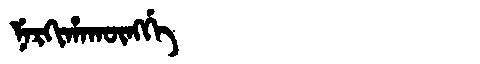
Manchu: ᠨᡝᡵᡴᡳᡥᠠᡴᡡᠩᡤᡝ
Romanization: NERKIHAKŪNGGE